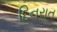
દિનરાત